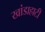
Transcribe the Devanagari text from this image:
खांडाहाटी